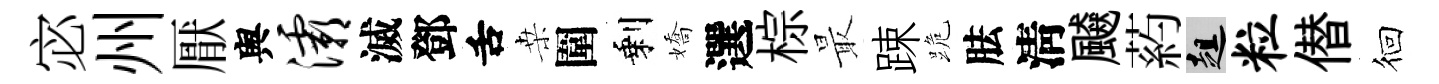
宓州厭舆灞滅鄧舌桒圍剩嬌選棕最踈跪胠淸飇葯趄粒僣徊